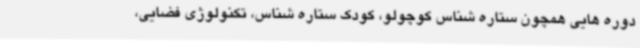
دوره هایی همچون ستاره شناس کوچولو، کودک ستاره شناس، تکنولوژی فضایی،